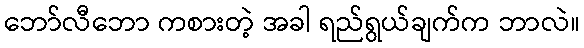
ဘော်လီဘော ကစားတဲ့ အခါ ရည်ရွယ်ချက်က ဘာလဲ။